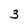
Character: 3